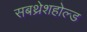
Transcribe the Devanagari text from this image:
सबथ्रेशहोल्ड